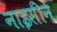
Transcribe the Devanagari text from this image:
नाइसीन